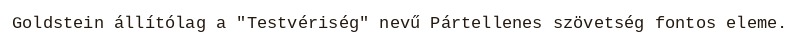
Goldstein állítólag a "Testvériség" nevű Pártellenes szövetség fontos eleme.